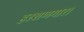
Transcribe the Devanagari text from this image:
हरशणगार।